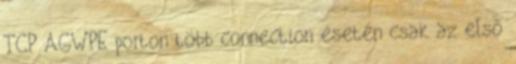
TCP AGWPE porton több connection esetén csak az első